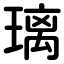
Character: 璃